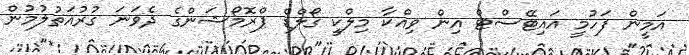
އަމީން ފަހުމީ އައިޓޭސްޓް އިން ވިއްކާ މިލްކީ ގޯލްޑް ޕްރޮމޯޝަންގެ ދެވަނަ ގުރުއަތުލުމުން